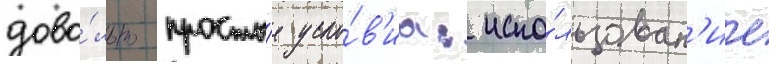
дово́льно просты́е усло́в'иа: испо́льзован'ие